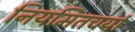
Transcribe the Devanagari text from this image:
नियमितचर्या